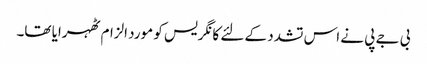
بی جے پی نے اس تشدد کے لئے کانگریس کو مورد الزام ٹھہرایا تھا۔